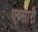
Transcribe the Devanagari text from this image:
एब्सारी